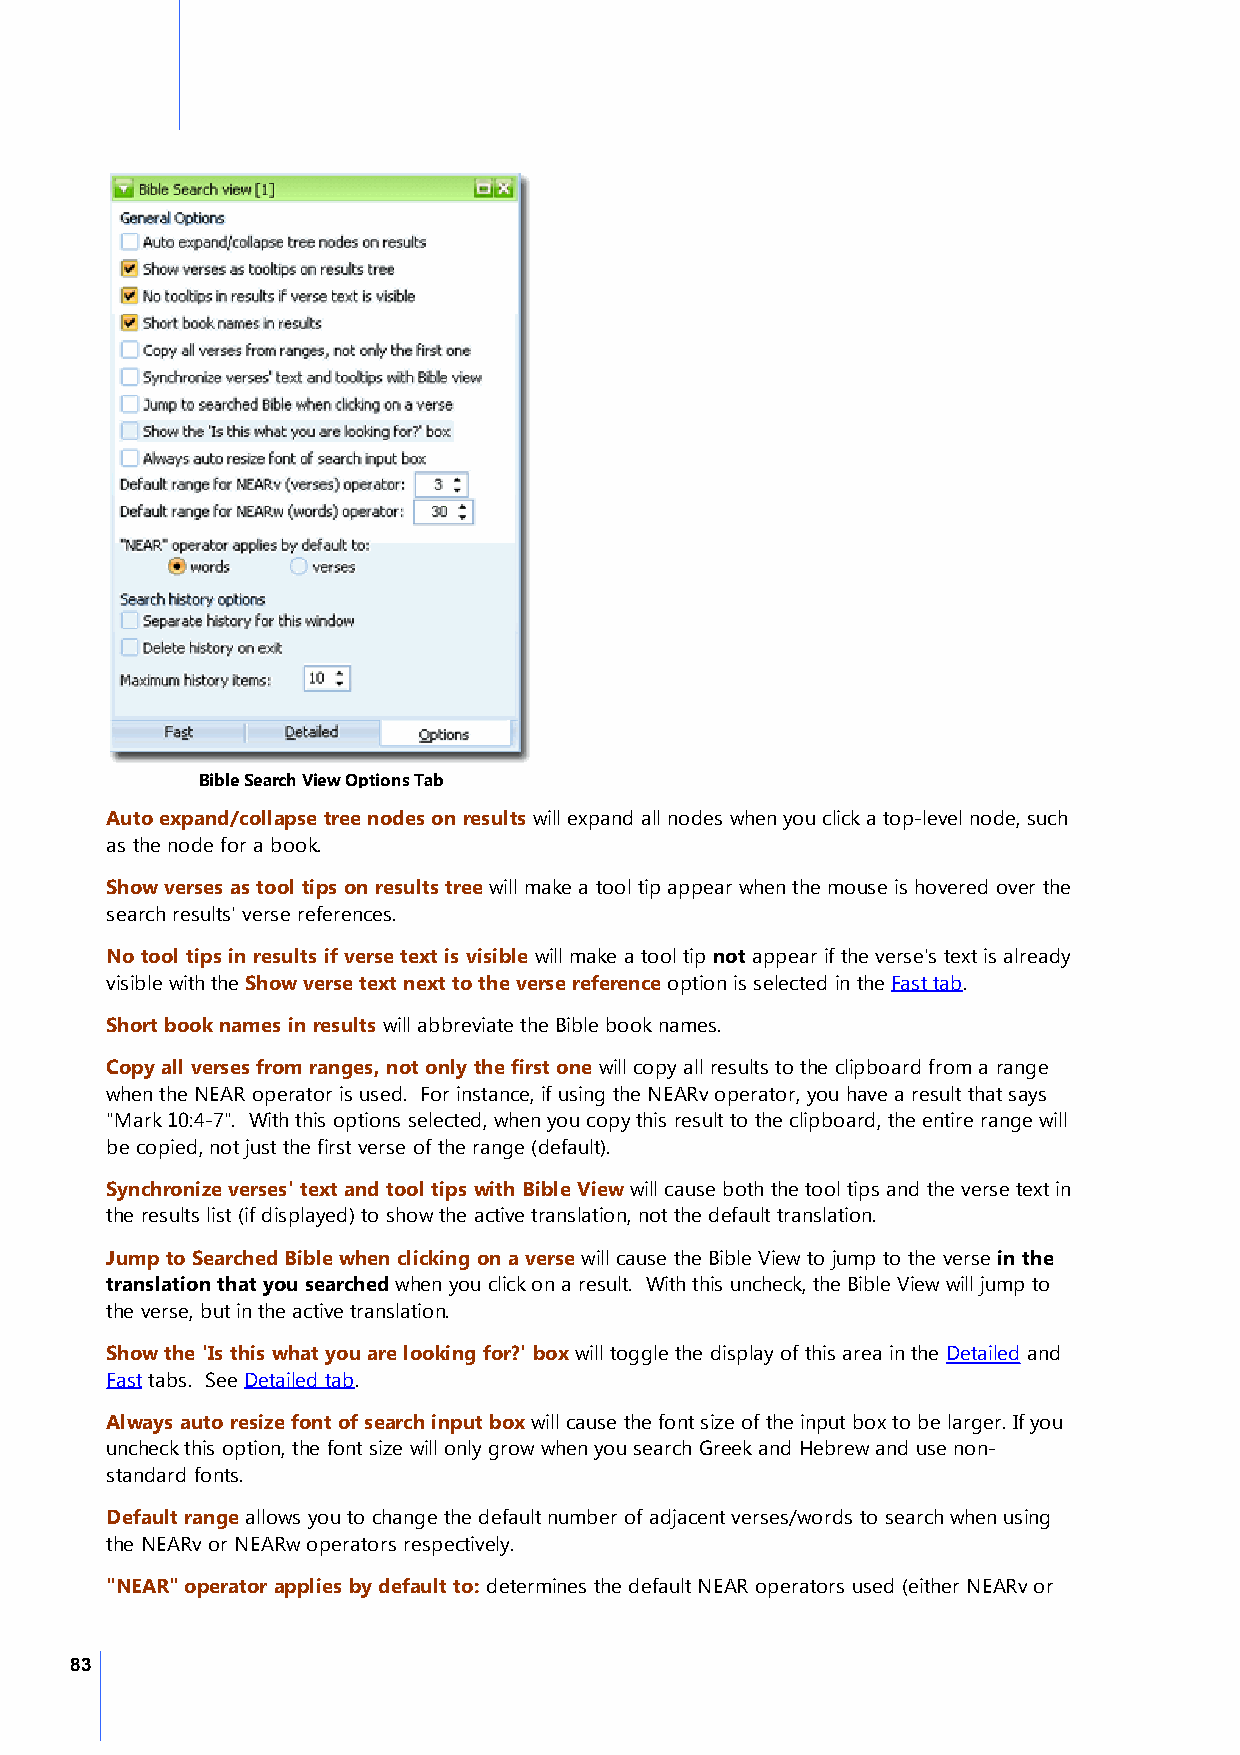
Bible Search View Options Tab
 Auto expand/collapse tree nodes on results will expand all nodes when you click a top-level node, such
 as the node for a book.
 Show verses as tool tips on results tree will make a tool tip appear when the mouse is hovered over the
 search results' verse references.
 No tool tips in results if verse text is visible will make a tool tip not appear if the verse's text is already
 visible with the Show verse text next to the verse reference option is selected in the Fast tab.
 Short book names in results will abbreviate the Bible book names.
 Copy all verses from ranges, not only the first one will copy all results to the clipboard from a range
 when the NEAR operator is used. For instance, if using the NEARv operator, you have a result that says
 "Mark 10:4-7". With this options selected, when you copy this result to the clipboard, the entire range will
 be copied, not just the first verse of the range (default).
 Synchronize verses' text and tool tips with Bible View will cause both the tool tips and the verse text in
 the results list (if displayed) to show the active translation, not the default translation.
 Jump to Searched Bible when clicking on a verse will cause the Bible View to jump to the verse in the
 translation that you searched when you click on a result. With this uncheck, the Bible View will jump to
 the verse, but in the active translation.
 Show the 'Is this what you are looking for?' box will toggle the display of this area in the Detailed and
 Fast tabs. See Detailed tab.
 Always auto resize font of search input box will cause the font size of the input box to be larger. If you
 uncheck this option, the font size will only grow when you search Greek and Hebrew and use non-
 standard fonts.
 Default range allows you to change the default number of adjacent verses/words to search when using
 the NEARv or NEARw operators respectively.
 "NEAR" operator applies by default to: determines the default NEAR operators used (either NEARv or
 83